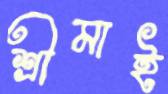
শ্রীমাই